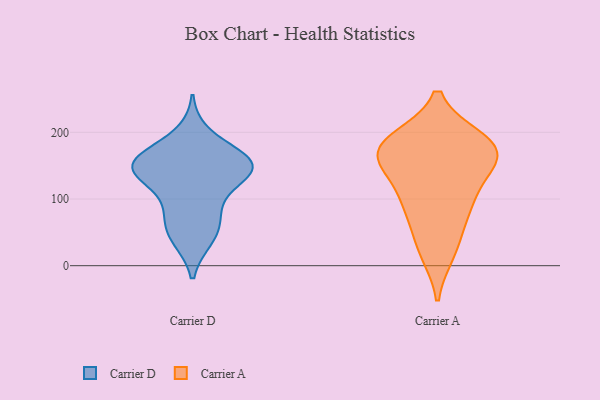
{"axis": {"x": "Active Users", "y": "Value"}, "legend": ["Carrier A", "Carrier D"], "data": [{"x": "", "y": 42, "type": "Carrier D"}, {"x": "", "y": 97, "type": "Carrier D"}, {"x": "", "y": 157, "type": "Carrier D"}, {"x": "", "y": 161, "type": "Carrier D"}, {"x": "", "y": 66, "type": "Carrier D"}, {"x": "", "y": 77, "type": "Carrier D"}, {"x": "", "y": 153, "type": "Carrier D"}, {"x": "", "y": 135, "type": "Carrier D"}, {"x": "", "y": 143, "type": "Carrier D"}, {"x": "", "y": 131, "type": "Carrier D"}, {"x": "", "y": 197, "type": "Carrier D"}, {"x": "", "y": 145, "type": "Carrier D"}, {"x": "", "y": 40, "type": "Carrier D"}, {"x": "", "y": 151, "type": "Carrier D"}, {"x": "", "y": 162, "type": "Carrier D"}, {"x": "", "y": 142, "type": "Carrier A"}, {"x": "", "y": 188, "type": "Carrier A"}, {"x": "", "y": 176, "type": "Carrier A"}, {"x": "", "y": 176, "type": "Carrier A"}, {"x": "", "y": 161, "type": "Carrier A"}, {"x": "", "y": 177, "type": "Carrier A"}, {"x": "", "y": 186, "type": "Carrier A"}, {"x": "", "y": 94, "type": "Carrier A"}, {"x": "", "y": 92, "type": "Carrier A"}, {"x": "", "y": 91, "type": "Carrier A"}, {"x": "", "y": 34, "type": "Carrier A"}, {"x": "", "y": 21, "type": "Carrier A"}, {"x": "", "y": 150, "type": "Carrier A"}]}